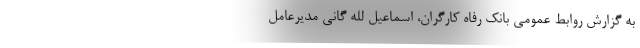
به گزارش روابط عمومی بانک رفاه کارگران، اسماعیل لله گانی مدیرعامل